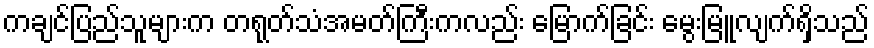
ကချင်ပြည်သူများက တရုတ်သံအမတ်ကြီးကလည်း မြောက်ခြင်း မွေးမြူလျက်ရှိသည်